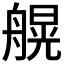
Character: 𱼽